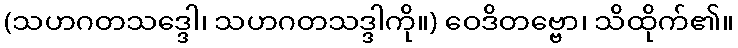
(သဟဂတသဒ္ဒေါ၊ သဟဂတသဒ္ဒါကို။) ဝေဒိတဗ္ဗော၊ သိထိုက်၏။